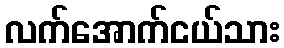
လက်အောက်ငယ်သား